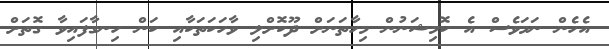
އެހެން ނަމަވެސް އެ ކޮމިޝަނުން މިހާތަނަށް ދޫކޮށްލި ވާހަކަތަކާއި ކަން ހިނގާފައިވާ ގޮތަށް